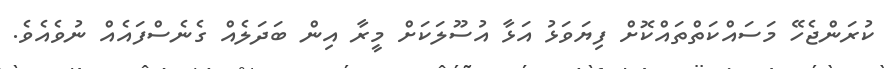
ކުރަންޖެހޭ މަސައްކަތްތައްކޮށް ފިޔަވަޅު އަޅާ އުސޫލަކަށް މީރާ އިން ބަދަލެއް ގެނެސްފައެއް ނުވެއެވެ.